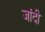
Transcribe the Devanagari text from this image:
जांदी